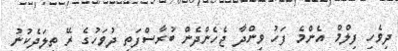
ދިވެހި ފިލްމް އެންމެ ފަހު ވިންދާ ޖެހެންދެން ބުރާސްފަތި ދުވަހުގެ ރޭ ތިލަދެކުނު